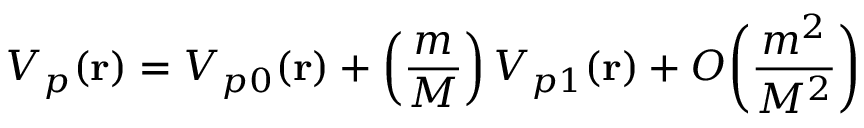
V _ { p } ( { \bf r } ) = V _ { p 0 } ( { \bf r } ) + \left( \frac { m } { M } \right) V _ { p 1 } ( { \bf r } ) + { \cal O } \bigg ( \frac { m ^ { 2 } } { M ^ { 2 } } \bigg )